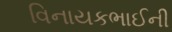
વિનાયકભાઈની